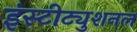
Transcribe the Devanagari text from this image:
इंस्टीट्युशनल